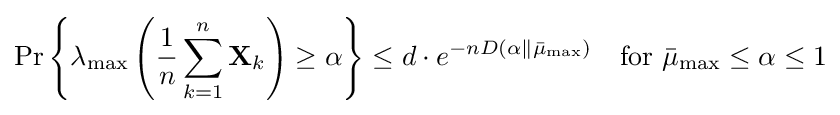
\Pr \left\{\lambda _{\text{max}}\left({\frac {1}{n}}\sum _{k=1}^{n}\mathbf {X} _{k}\right)\geq \alpha \right\}\leq d\cdot e^{-nD(\alpha \Vert {\bar {\mu }}_{\text{max}})}\quad {\text{for }}{\bar {\mu }}_{\text{max}}\leq \alpha \leq 1